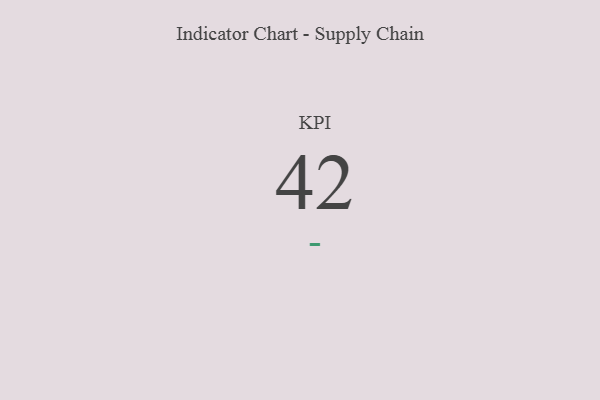
{"axis": {"x": "KPI", "y": "Value"}, "legend": [""], "data": [{"x": "KPI", "y": 42, "type": ""}]}